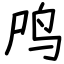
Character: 鸤